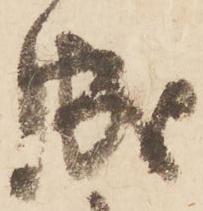
成